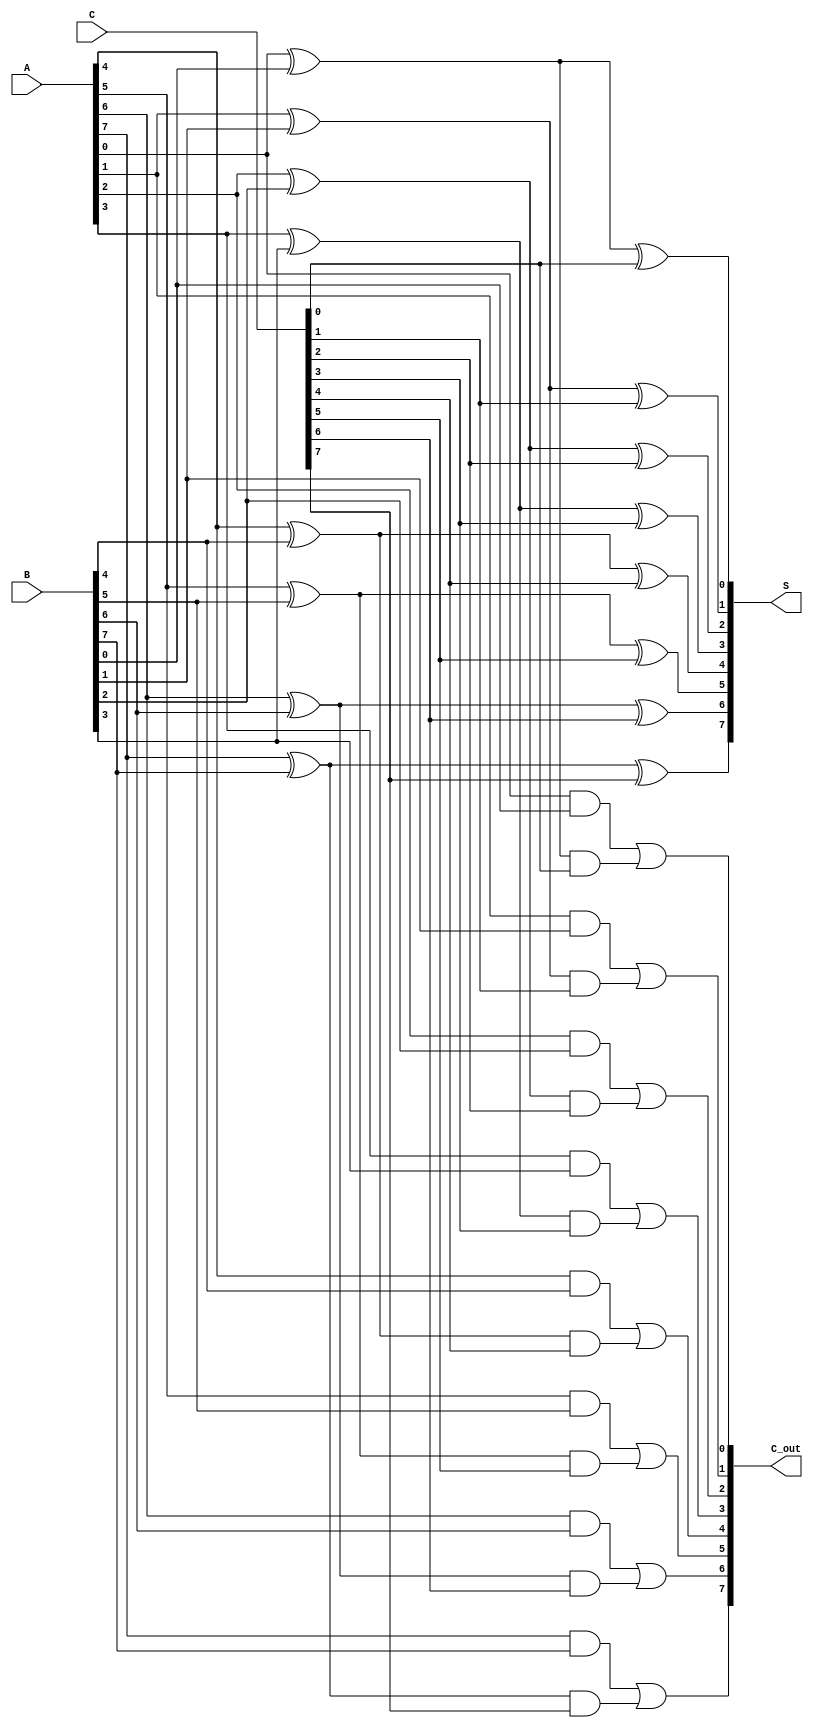
module Dynamic_Carry_Save_Adder (
    input  wire [N-1:0] A,  // First input
    input  wire [N-1:0] B,  // Second input
    input  wire [N-1:0] C,  // Third input
    output wire [N-1:0] S,   // Sum output
    output wire [N-1:0] C_out // Carry output
);
    parameter N = 8; // Define the bit-width of the inputs

    // Intermediate wire declarations
    wire [N-1:0] sum_ab; // Sum of A and B
    wire [N-1:0] carry_ab; // Carry from A and B
    wire [N-1:0] sum_abc; // Final sum output
    wire [N-1:0] carry_abc; // Final carry output

    // Dynamic AND and OR gates for the first stage
    genvar i;
    generate
        for (i = 0; i < N; i = i + 1) begin : CSA_stage1
            assign sum_ab[i] = A[i] ^ B[i]; // Sum of A and B
            assign carry_ab[i] = A[i] & B[i]; // Carry from A and B
        end
    endgenerate

    // Combine sum_ab with C for final outputs
    generate
        for (i = 0; i < N; i = i + 1) begin : CSA_stage2
            assign sum_abc[i] = sum_ab[i] ^ C[i]; // Sum of previous sum and C
            assign carry_abc[i] = carry_ab[i] | (sum_ab[i] & C[i]); // Final carry
        end
    endgenerate

    // Assign outputs
    assign S = sum_abc; // Final sum output
    assign C_out = carry_abc; // Final carry output

endmodule